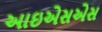
આઇએસએસ